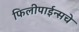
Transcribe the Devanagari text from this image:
फिलीपाईन्सचे